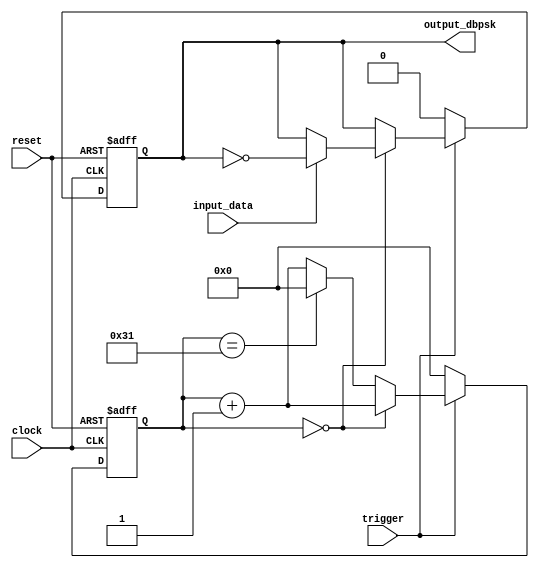
module dbpsk_modulator( clock, reset, input_data, trigger, output_dbpsk);
input clock, reset;
input trigger;
input input_data;
output reg output_dbpsk;

reg[15:0] counter;

always @(posedge clock or negedge reset)
begin
    if (!reset)
    begin
        output_dbpsk <= 0;
        counter <= 0;
    end
    else if (trigger)
    begin
        if (counter==16'd0)
        begin
            counter <= counter+1;
            if (input_data==0)
                output_dbpsk <= output_dbpsk;
            else
                output_dbpsk <= ~output_dbpsk;
        end
        else
        begin
            counter <= counter + 1;
            if (counter==16'd49)
                counter <= 0;
        end
    end
    else
    begin
        output_dbpsk <= 0;
        counter <= 0;
    end
end

endmodule